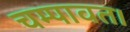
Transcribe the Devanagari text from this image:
चम्पावत।